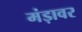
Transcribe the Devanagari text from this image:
मंड़ावर